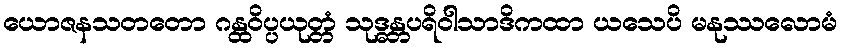
ယောဇနသတတော ဂန္ထဝိပ္ပယုတ္တံ သုဒ္ဓန္တပရိဝါသာဒိကထာ ယသေပိ မနုဿလောမံ